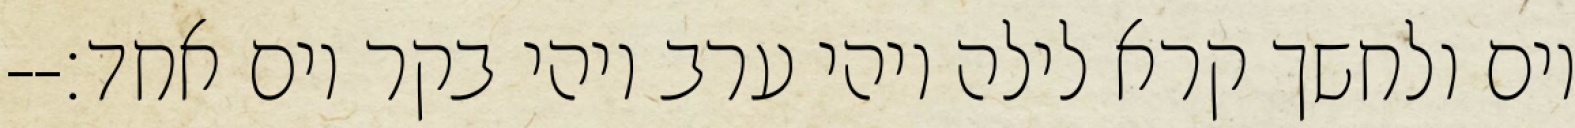
יום ולחשך קרא לילה ויהי ערב ויהי בקר יום אחד׃--